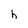
Character: h